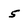
Character: 5